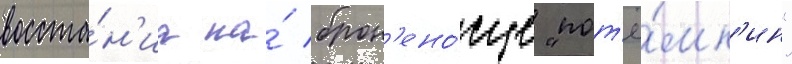
восста́н'иа на́ брон'ено́сце "пот'ё́мк'ин"